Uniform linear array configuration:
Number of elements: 24
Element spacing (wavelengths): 0.75
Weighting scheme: blackman
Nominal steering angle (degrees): -45
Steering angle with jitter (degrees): -44.828
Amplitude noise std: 0.05
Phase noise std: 0.05

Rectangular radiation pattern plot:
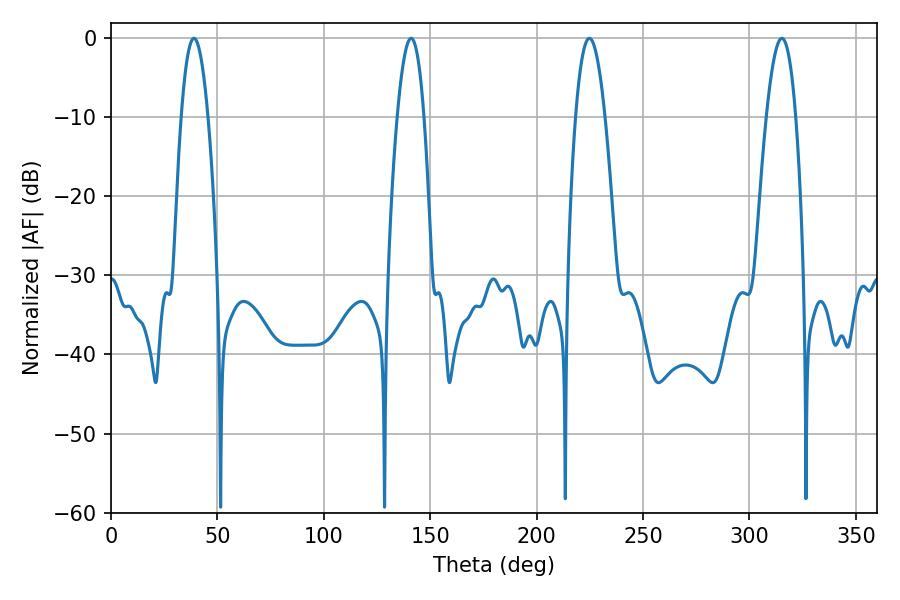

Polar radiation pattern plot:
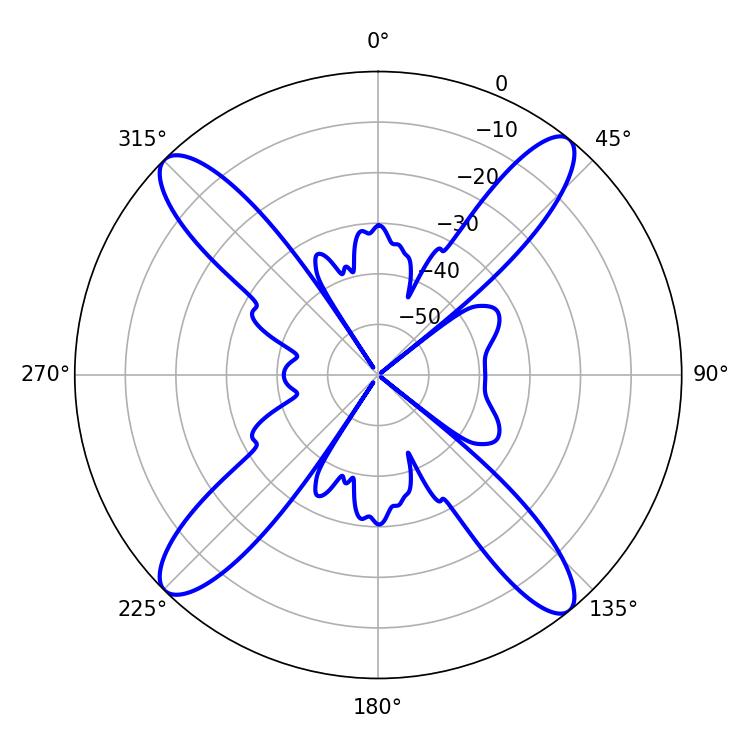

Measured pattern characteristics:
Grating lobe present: TRUE
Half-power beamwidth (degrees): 7.56
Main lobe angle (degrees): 315.18